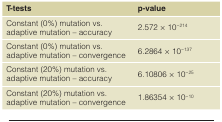
<table><thead><tr><td><b>T-tests</b></td><td><b>p-value</b></td></tr></thead><tbody><tr><td>Constant (0%) mutation vs.adaptive mutation – accuracy</td><td>2.572 × 10<sup>-214</sup></td></tr><tr><td>Constant (0%) mutation vs.adaptive mutation – convergence</td><td>6.2864 × 10<sup>-137</sup></td></tr><tr><td>Constant (20%) mutation vs.adaptive mutation – accuracy</td><td>6.10806 × 10<sup>-25</sup></td></tr><tr><td>Constant (20%) mutation vs.adaptive mutation – convergence</td><td>1.86354 × 10<sup>-10</sup></td></tr></tbody></table>